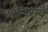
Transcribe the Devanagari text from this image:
सोनप्रस्थ